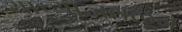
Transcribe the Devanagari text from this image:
याच्याजवळून